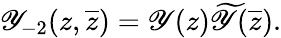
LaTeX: \mathscr{Y}_{-2}(z,\overline{{{{z}}}})=\mathscr{Y}(z)\widetilde{{\mathscr{Y}}}(\overline{{{{z}}}}).